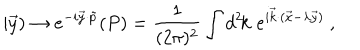
| \vec { y } ) \rightarrow e ^ { - i \vec { y } \cdot \tilde { p } } ( P ) = \frac { 1 } { ( 2 \pi ) ^ { 2 } } \int { d ^ { 2 } \kern - . 1 8 e m k } \, \, e ^ { i \vec { k } \cdot ( \vec { x } - \lambda \vec { y } ) } ~ ,